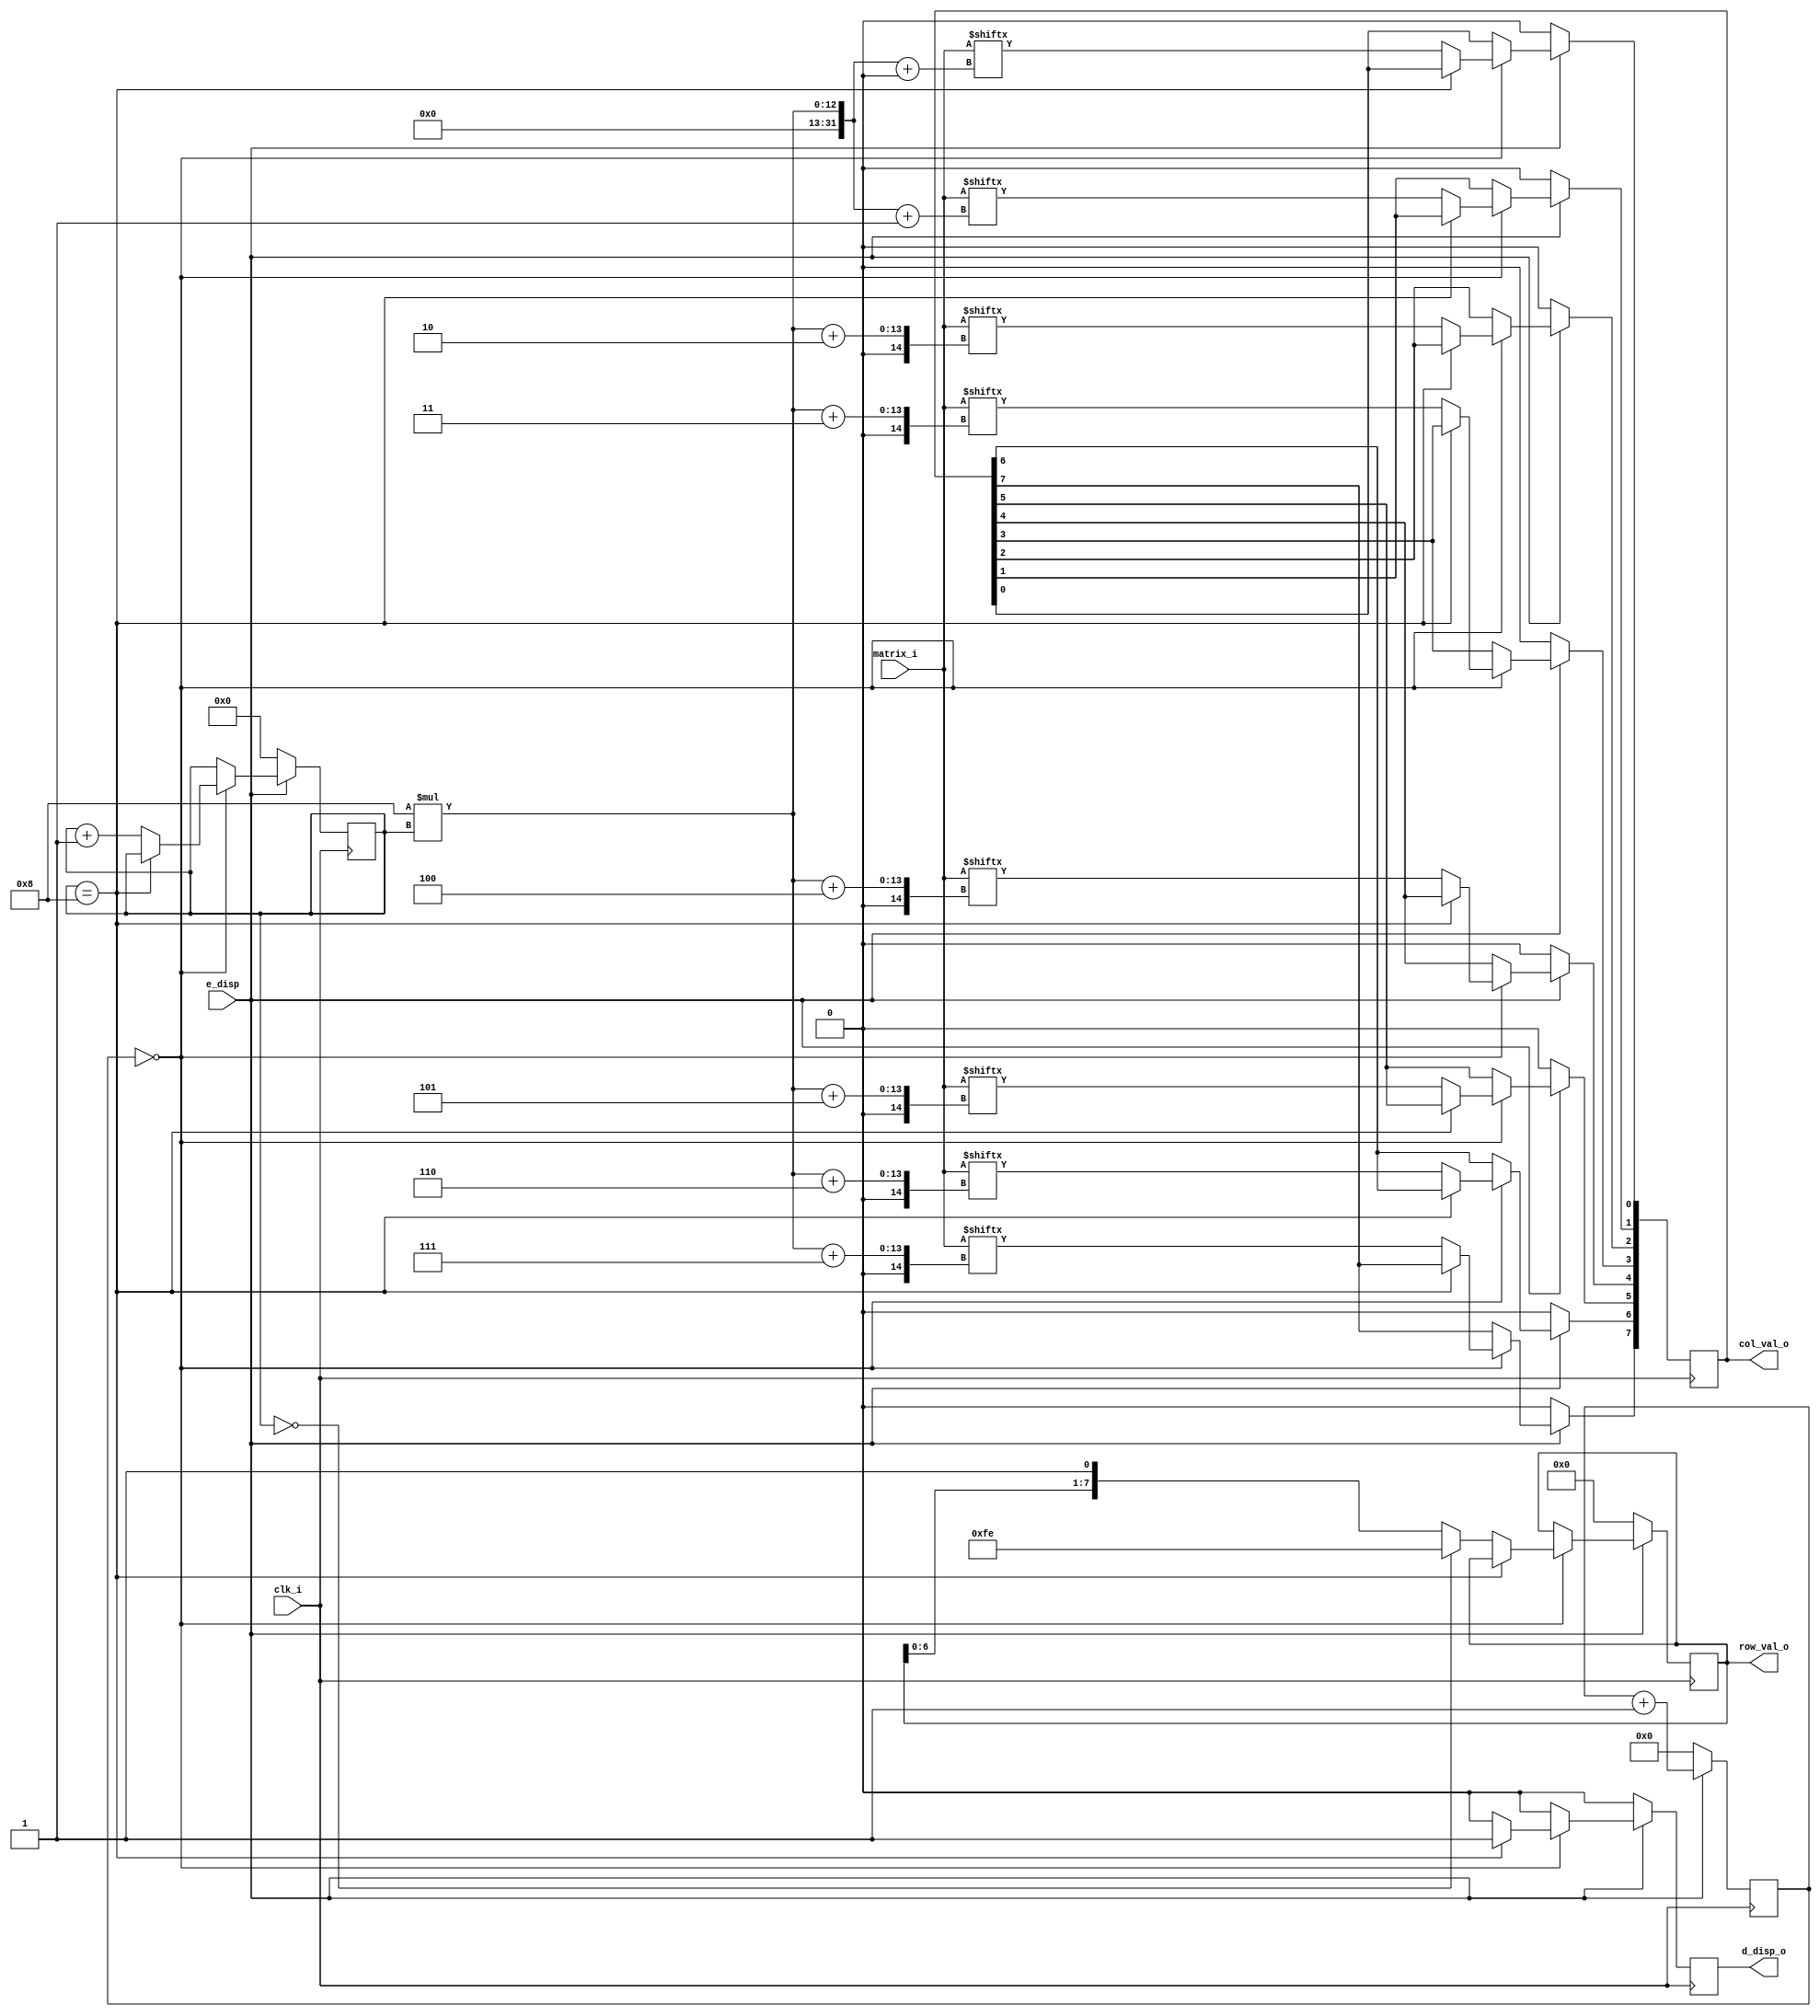

`ifndef __DISPLAY__
`define __DISPLAY__



module display
#(
 parameter gs = 8 // optional parameter
) (
 // define I /O  s of the module

	input wire clk_i ,
	input wire [(gs*gs-1):0] matrix_i,
	input wire e_disp ,

	output wire [gs-1:0] col_val_o,
	output wire [gs-1:0] row_val_o,
	output wire d_disp_o
	//output [gs:0] row_d_o 
 	
);

	reg [gs-1:0] col_val;
	reg [gs-1:0] row_val;
	reg d_disp;
	reg [gs:0] row_d;
	reg [11:0] clk_new;
	integer i = 0;
	

	// assign the counter value to the output
	assign col_val_o = col_val;
	assign row_val_o = row_val;
	assign d_disp_o = d_disp;

	
	
	always @ (posedge clk_i) begin

		if (e_disp) begin
			d_disp <= 0;	
			//$display(row_d);
			if(clk_new == 12'b0 ) begin
				if(row_d == 8) begin
					d_disp <= 1;
				end else begin
					for(i = 0; i < gs; i= i+1)  begin
						col_val[i] <= matrix_i[gs*row_d + i];
					end
					
					
					if(row_d == 0) begin
						row_val <= ({{{( gs-1) {1'b1}} , 1'b0}});
					end else begin
						row_val <= {row_val[6:0], 1'b1};
					end

					row_d <= row_d + 1;
				end
			end

			clk_new <= clk_new + 1;	
		end else begin
			col_val <= {{( gs) {1'b0}}};
			row_val <= 8'b0;
			d_disp <= 0;
			row_d <= 0;
			clk_new <= 0;
		end


	end
	


endmodule // display

`endif